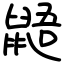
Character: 鼯